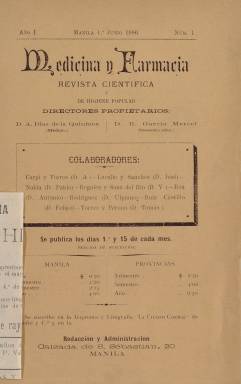
Título: Medicina y farmacia
Colección: Medicina || Farmacia
Ámbito geográfico: Filipinas
Lugar de publicación: Manila
Fechas: 01/06/1886-30/08/1886